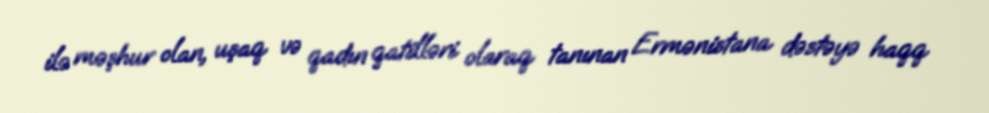
ilə məşhur olan, uşaq və qadın qatilləri olaraq tanınan Ermənistana dəstəyə haqq